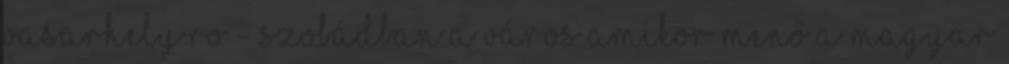
vasarhely.ro - szobádban a város Amikor menő a magyar